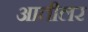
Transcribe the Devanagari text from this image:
आतीलर